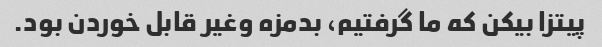
پیتزا بیکن که ما گرفتیم، بدمزه وغیر قابل خوردن بود.